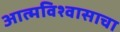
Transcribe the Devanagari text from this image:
आत्मविश्वासाचा